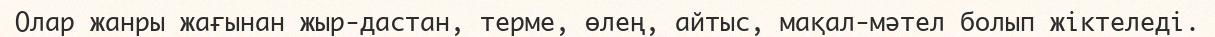
Олар жанры жағынан жыр-дастан, терме, өлең, айтыс, мақал-мәтел болып жіктеледі.